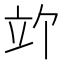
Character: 𫁞